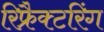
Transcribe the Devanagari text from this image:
रिफ्रैक्टरिंग